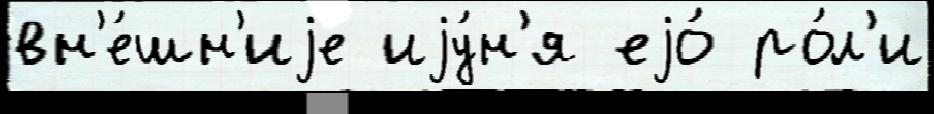
вн'е́шн'иjе иjу́н'я еjо́ ро́л'и